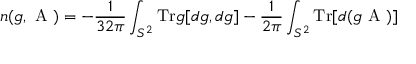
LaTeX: n ( g , \mathrm { \boldmath ~ A ~ } ) = - \frac { 1 } { 3 2 \pi } \int _ { S ^ { 2 } } \mathrm { T r } g [ d g , d g ] - \frac { 1 } { 2 \pi } \int _ { S ^ { 2 } } \mathrm { T r } [ d ( g \mathrm { \boldmath ~ A ~ } ) ]